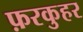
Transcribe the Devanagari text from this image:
फ़रकुहर